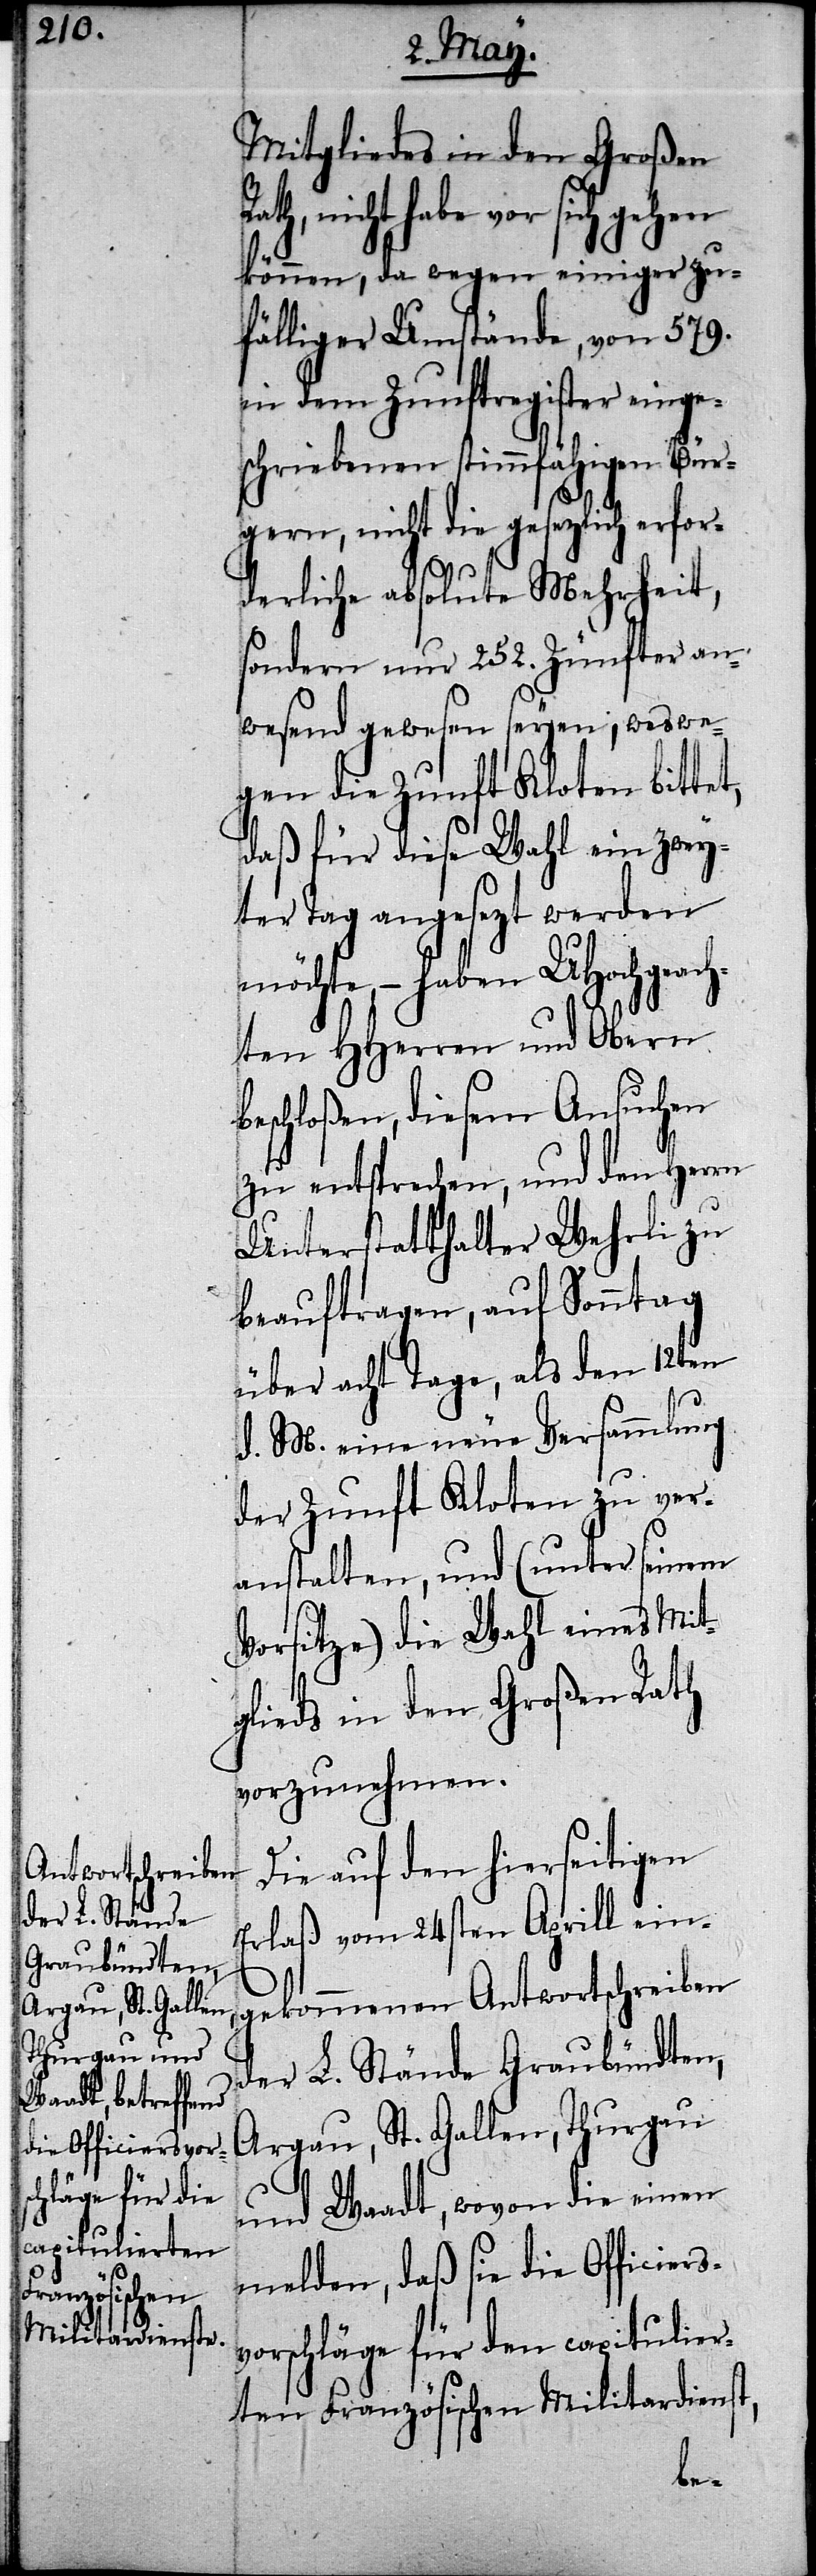
der L. Stände
Graubündten,
Argau, St. Gallen,
Thurgau und

Mitgliedes in den Großen
Rath, nicht habe vor sich gehen
können, da wegen einiger zu¬
fälliger Umstände, von 579.
in dem Zunftregister einge¬
schriebenen stimmfähigen Bür¬
gern, nicht die gesezlich erfor¬
derliche absolute Mehrheit,
sondern nur 252. Zünfter an¬
wesend gewesen seyen, weswe¬
gen die Zunft Kloten bittet,
daß für diese Wahl ein zwey¬
ter Tag angesezt werden
möchte, – haben UHochgeach¬
ten HHerren Obern
eschloßen, diesem Ansuchen
zu entsprechen, und den Herrn
Unterstatthalter Wehrli zu
beauftragen, auf Sonntag
über acht Tage, als den 12ten
d. M. eine neue Versammlung
der Zunft Kloten zu ver¬
anstalten, und (unter seinem
Vorsitze) die Wahl eines Mit¬
glieds in den Großen Rath
vorzunehmen.
Die auf den hierseitigen
Erlaß vom 24sten Aprill ein¬
gekommenen Antwortschreiben
Waadt, wovon die einen
melden, daß sie die Officiers¬
vorschläge für den capitulier¬
ten Französischen Militardienst,
b¬